Annual report on the Civil Veterinary Department, Burma (including the Insein Veterinary School) - 1910-1922
Year: 1910
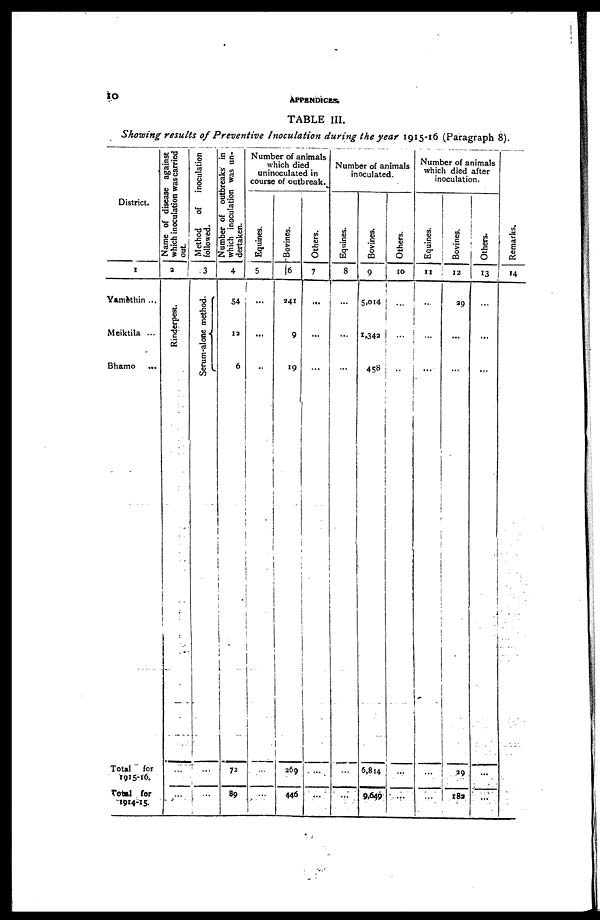
10
APPENDICES.
TABLE III.
Showing results of Preventive Inoculation during the year 1915-16 (Paragraph 8).
District.
1
Yamèthin ...
Meiktila ...
Bhamo
...
Total for
1915-16.
Total for
1914-15
Name of disease against
which inoculation was carried
out.
2
Rinderpest.
...
Method
of
inoculation
followed.
3
Serum-alone method.
i
...
...
N umber of outbreaks in
which inoculation was un-
dertaken.
4
54
12
6
72
89
Number of animals
which died
uninoculated in
course of outbreak.
Equines.
5
...
...
...
...
...
Bovines.
6
241
9
19
269
...
446
Others.
7
...
...
...
...
...
Number of animals
inoculated.
Equines.
8
...
...
...
...
...
Bovines.
9
5,014
1,342
458
6,814
9,649
Others.
10
...
...
...
...
...
Number of animals
which died after
inoculation.
Equines.
11
...
...
...
...
...
Bovines.
12
29
...
...
29
182
Others.
13
...
...
...
...
...
Remarks.
14